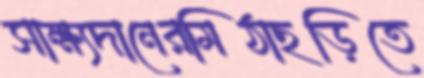
সাক্ষ্যদানেরমিঠাছড়িতে